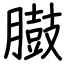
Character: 臌